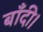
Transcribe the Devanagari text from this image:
बाँदी।